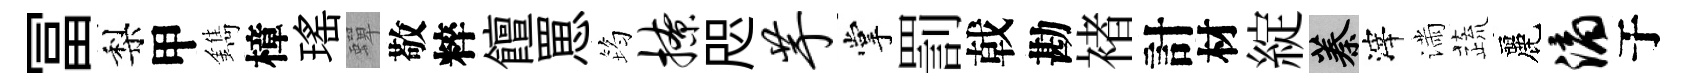
冨梨甲鐫樟瑤蟬敬粹饘罳筠撩咫芋掌罰戟勘褚計材綻蓁滓滿蔬麗滴于